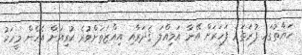
ހަޔާތުގައި ފުރަތަމަ ފަހަރަށް އޭނާ އަމިއްލަ ޤަދަރާއި އިއްޒަތަށްވުރެ ކުރިއަށް އެހެން މީހަކު